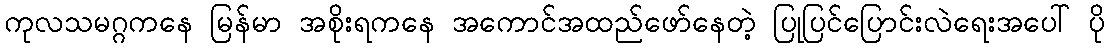
ကုလသမဂ္ဂကနေ မြန်မာ အစိုးရကနေ အကောင်အထည်ဖော်နေတဲ့ ပြုပြင်ပြောင်းလဲရေးအပေါ် ပို